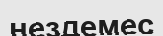
нездемес